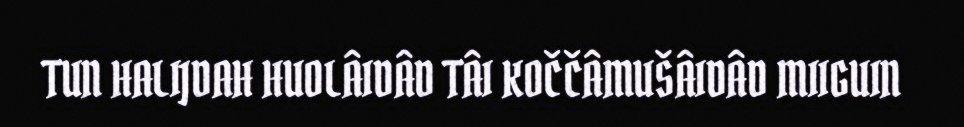
TUN HALIJDAH HUOLÂIDÂD TÂI KOČČÂMUŠÂIDÂD MIIGUIN